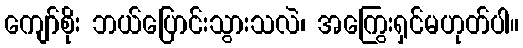
ကျော်စိုး ဘယ်ပြောင်းသွားသလဲ၊ အကြွေးရှင်မဟုတ်ပါ။